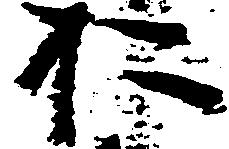
お